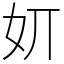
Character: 㚦